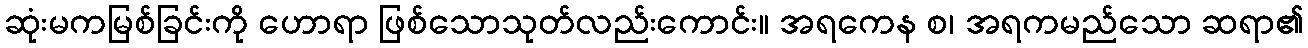
ဆုံးမကမြစ်ခြင်းကို ဟောရာ ဖြစ်သောသုတ်လည်းကောင်း။ အရကေန စ၊ အရကမည်သော ဆရာ၏